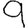
Digit: 9